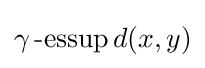
\gamma \operatorname {-essup} d(x,y)